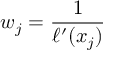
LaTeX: w _ { j } = { \frac { 1 } { \ell ^ { \prime } ( x _ { j } ) } }